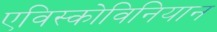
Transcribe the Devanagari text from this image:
एविस्कोविनियान